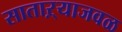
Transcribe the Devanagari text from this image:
साताऱ्याजवळ